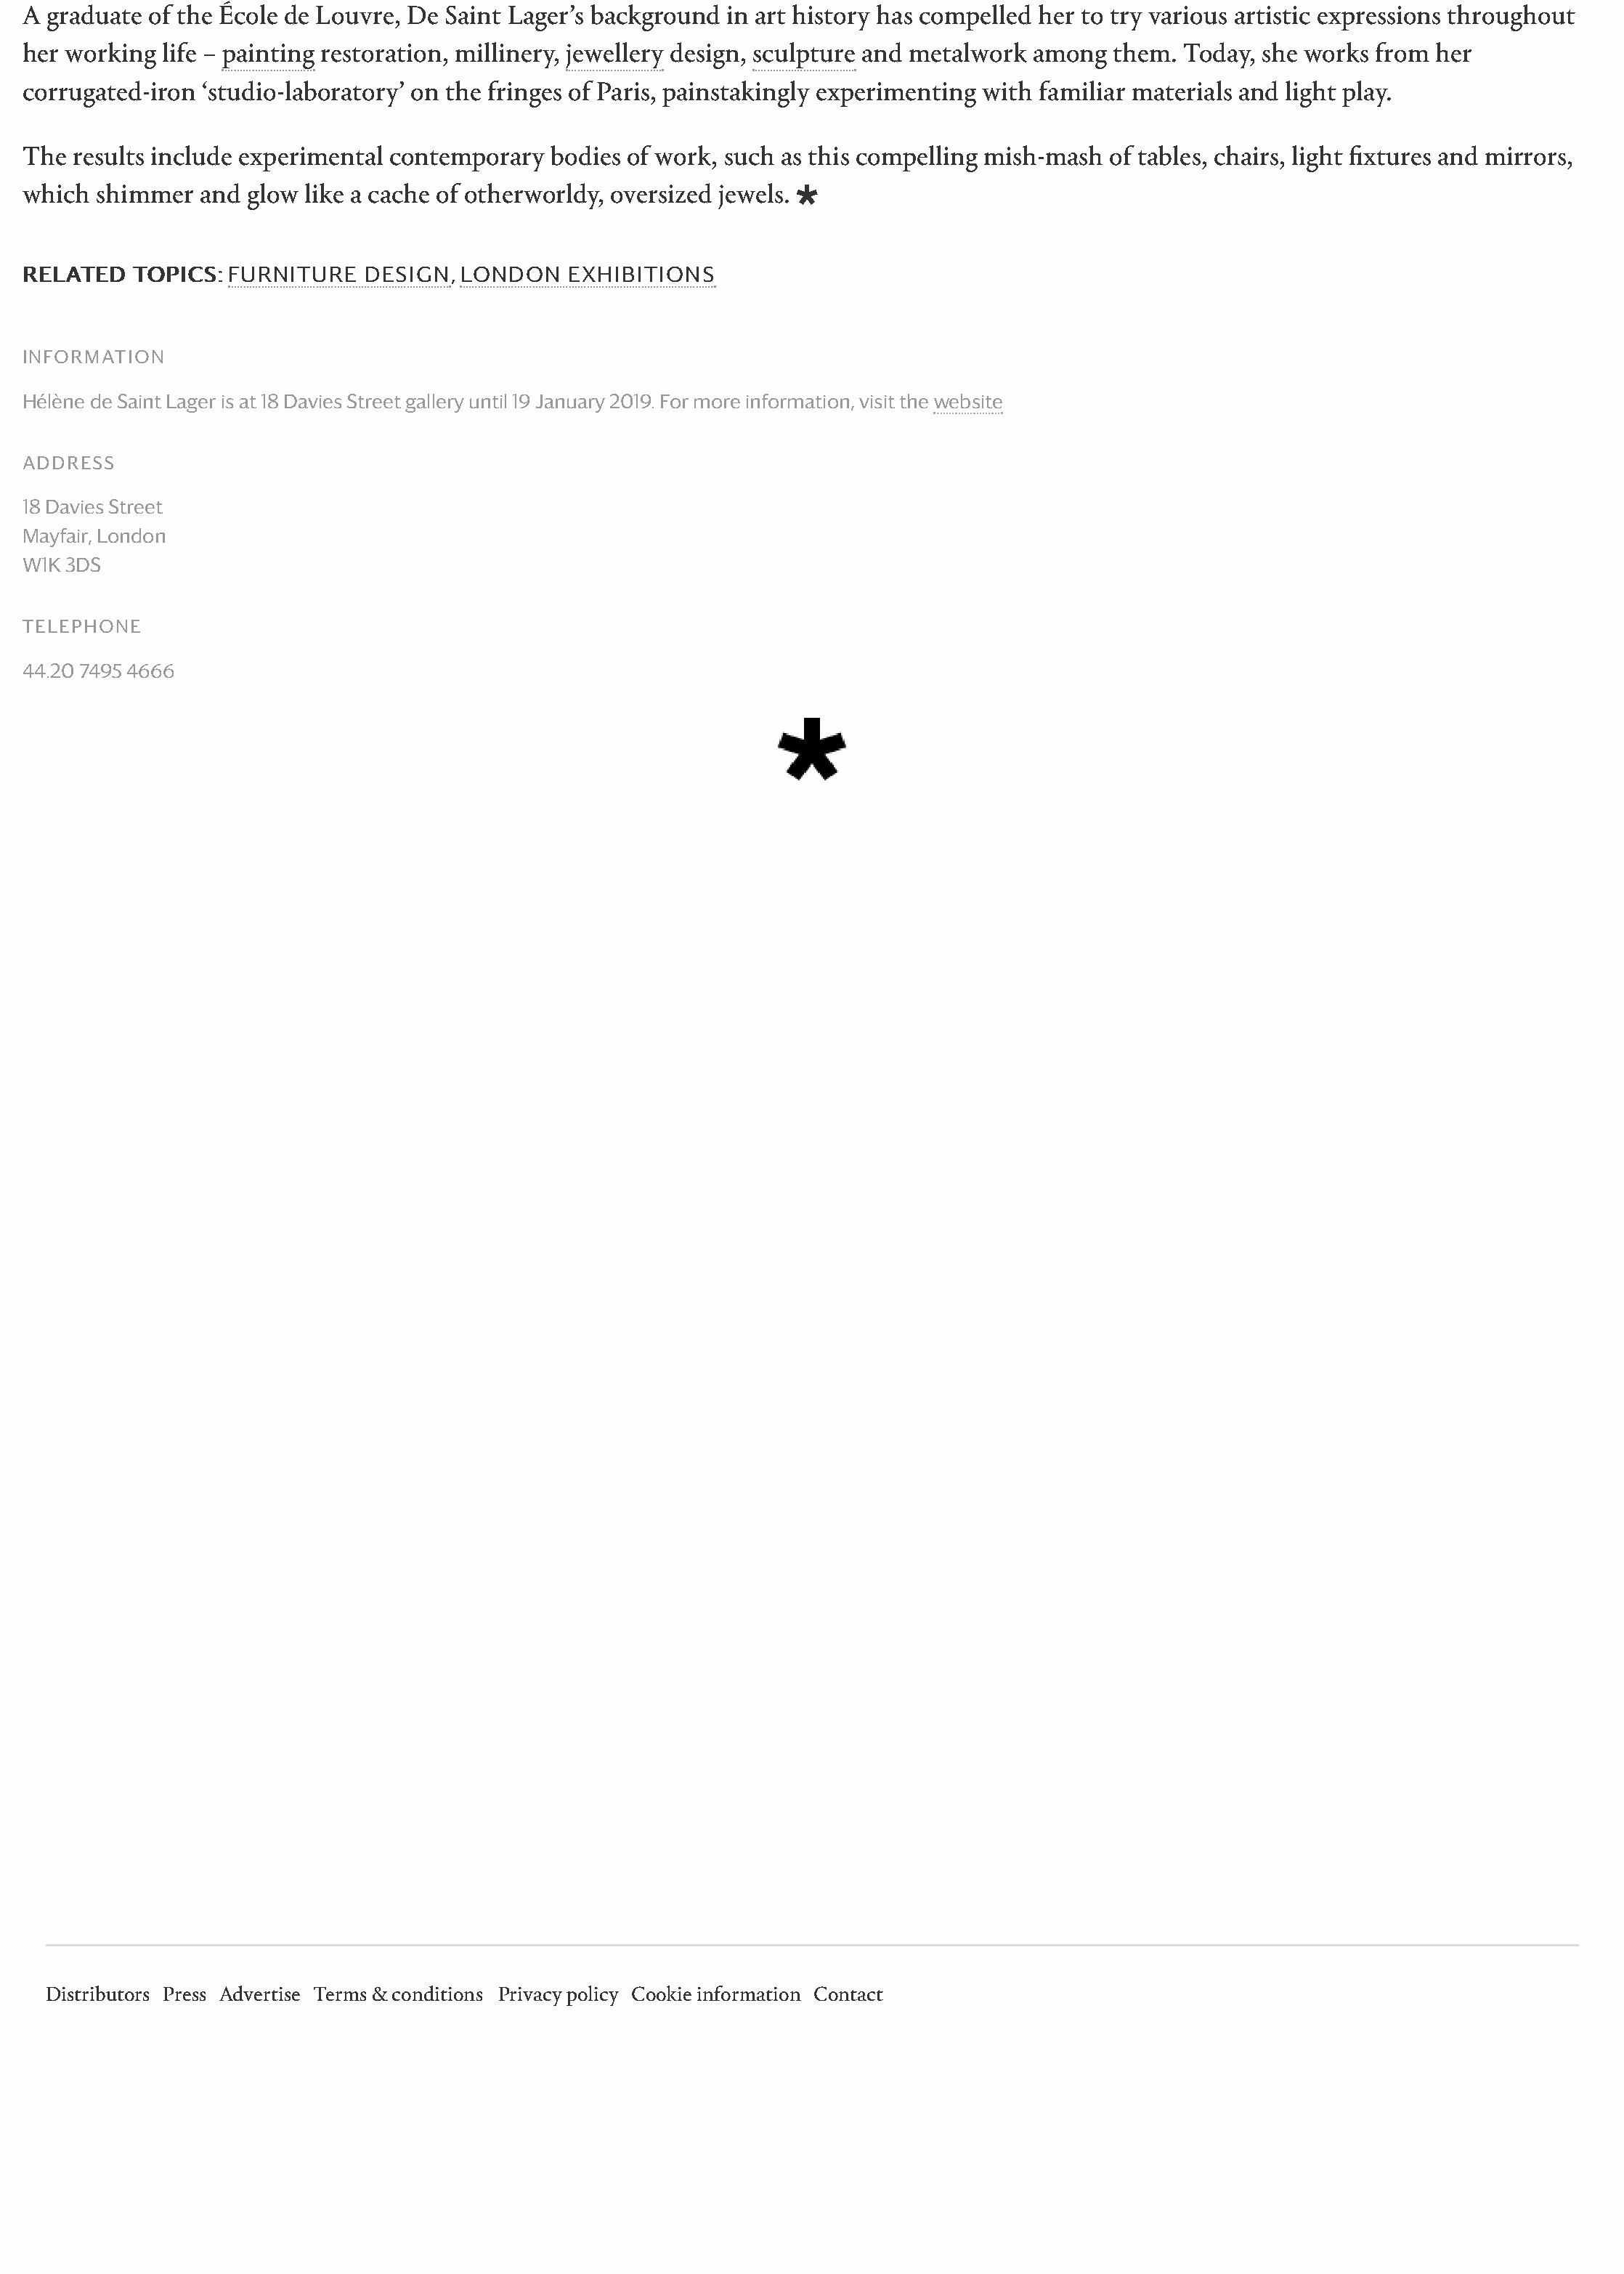
A graduate  of the École de Louvre, De Saint Lager’s background in art history has compelled her to try various artistic expressions throughout
 her working  life – painting restoration, millinery, jewellery design, sculpture and metalwork among them. Today, she works from her
 corrugated-iron ‘studio-laboratory’ on the fringes of Paris, painstakingly experimenting with familiar materials and light play.
 The  results include experimental contemporary  bodies of work, such as this compelling mish-mash  of tables, chairs, light fixtures and mirrors,
 which  shimmer  and glow  like a cache of otherworldy, oversized jewels. §
 RREELLAATTEEDD TTOOPPIICCSS:: FURNITURE DESIGN, LONDON EXHIBITIONS
 INFORMATION
 Hélène de Saint Lager is at 18 Davies Street gallery until 19 January 2019. For more information, visit the website
 ADDRESS
 18 Davies Street
 Mayfair, London
 W1K 3DS
 TELEPHONE
 44.20 7495 4666
 Distributors Press Advertise Terms & conditions Privacy policy Cookie information Contact